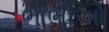
ભાભીઓ